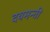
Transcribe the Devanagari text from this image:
दयमन्ती